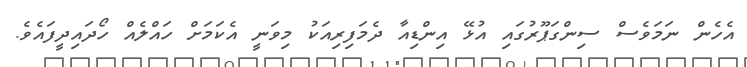
އެހެން ނަމަވެސް ސިންގަޕޫރުގައި އުޅޭ އިންޑިއާ ދެމަފިރިއަކު މިވަނީ އެކަމަށް ހައްލެއް ހޯދައިދީފައެވެ.